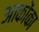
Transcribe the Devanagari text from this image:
आकोंका